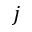
j